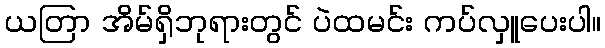
ယတြာ အိမ်ရှိဘုရားတွင် ပဲထမင်း ကပ်လှူပေးပါ။